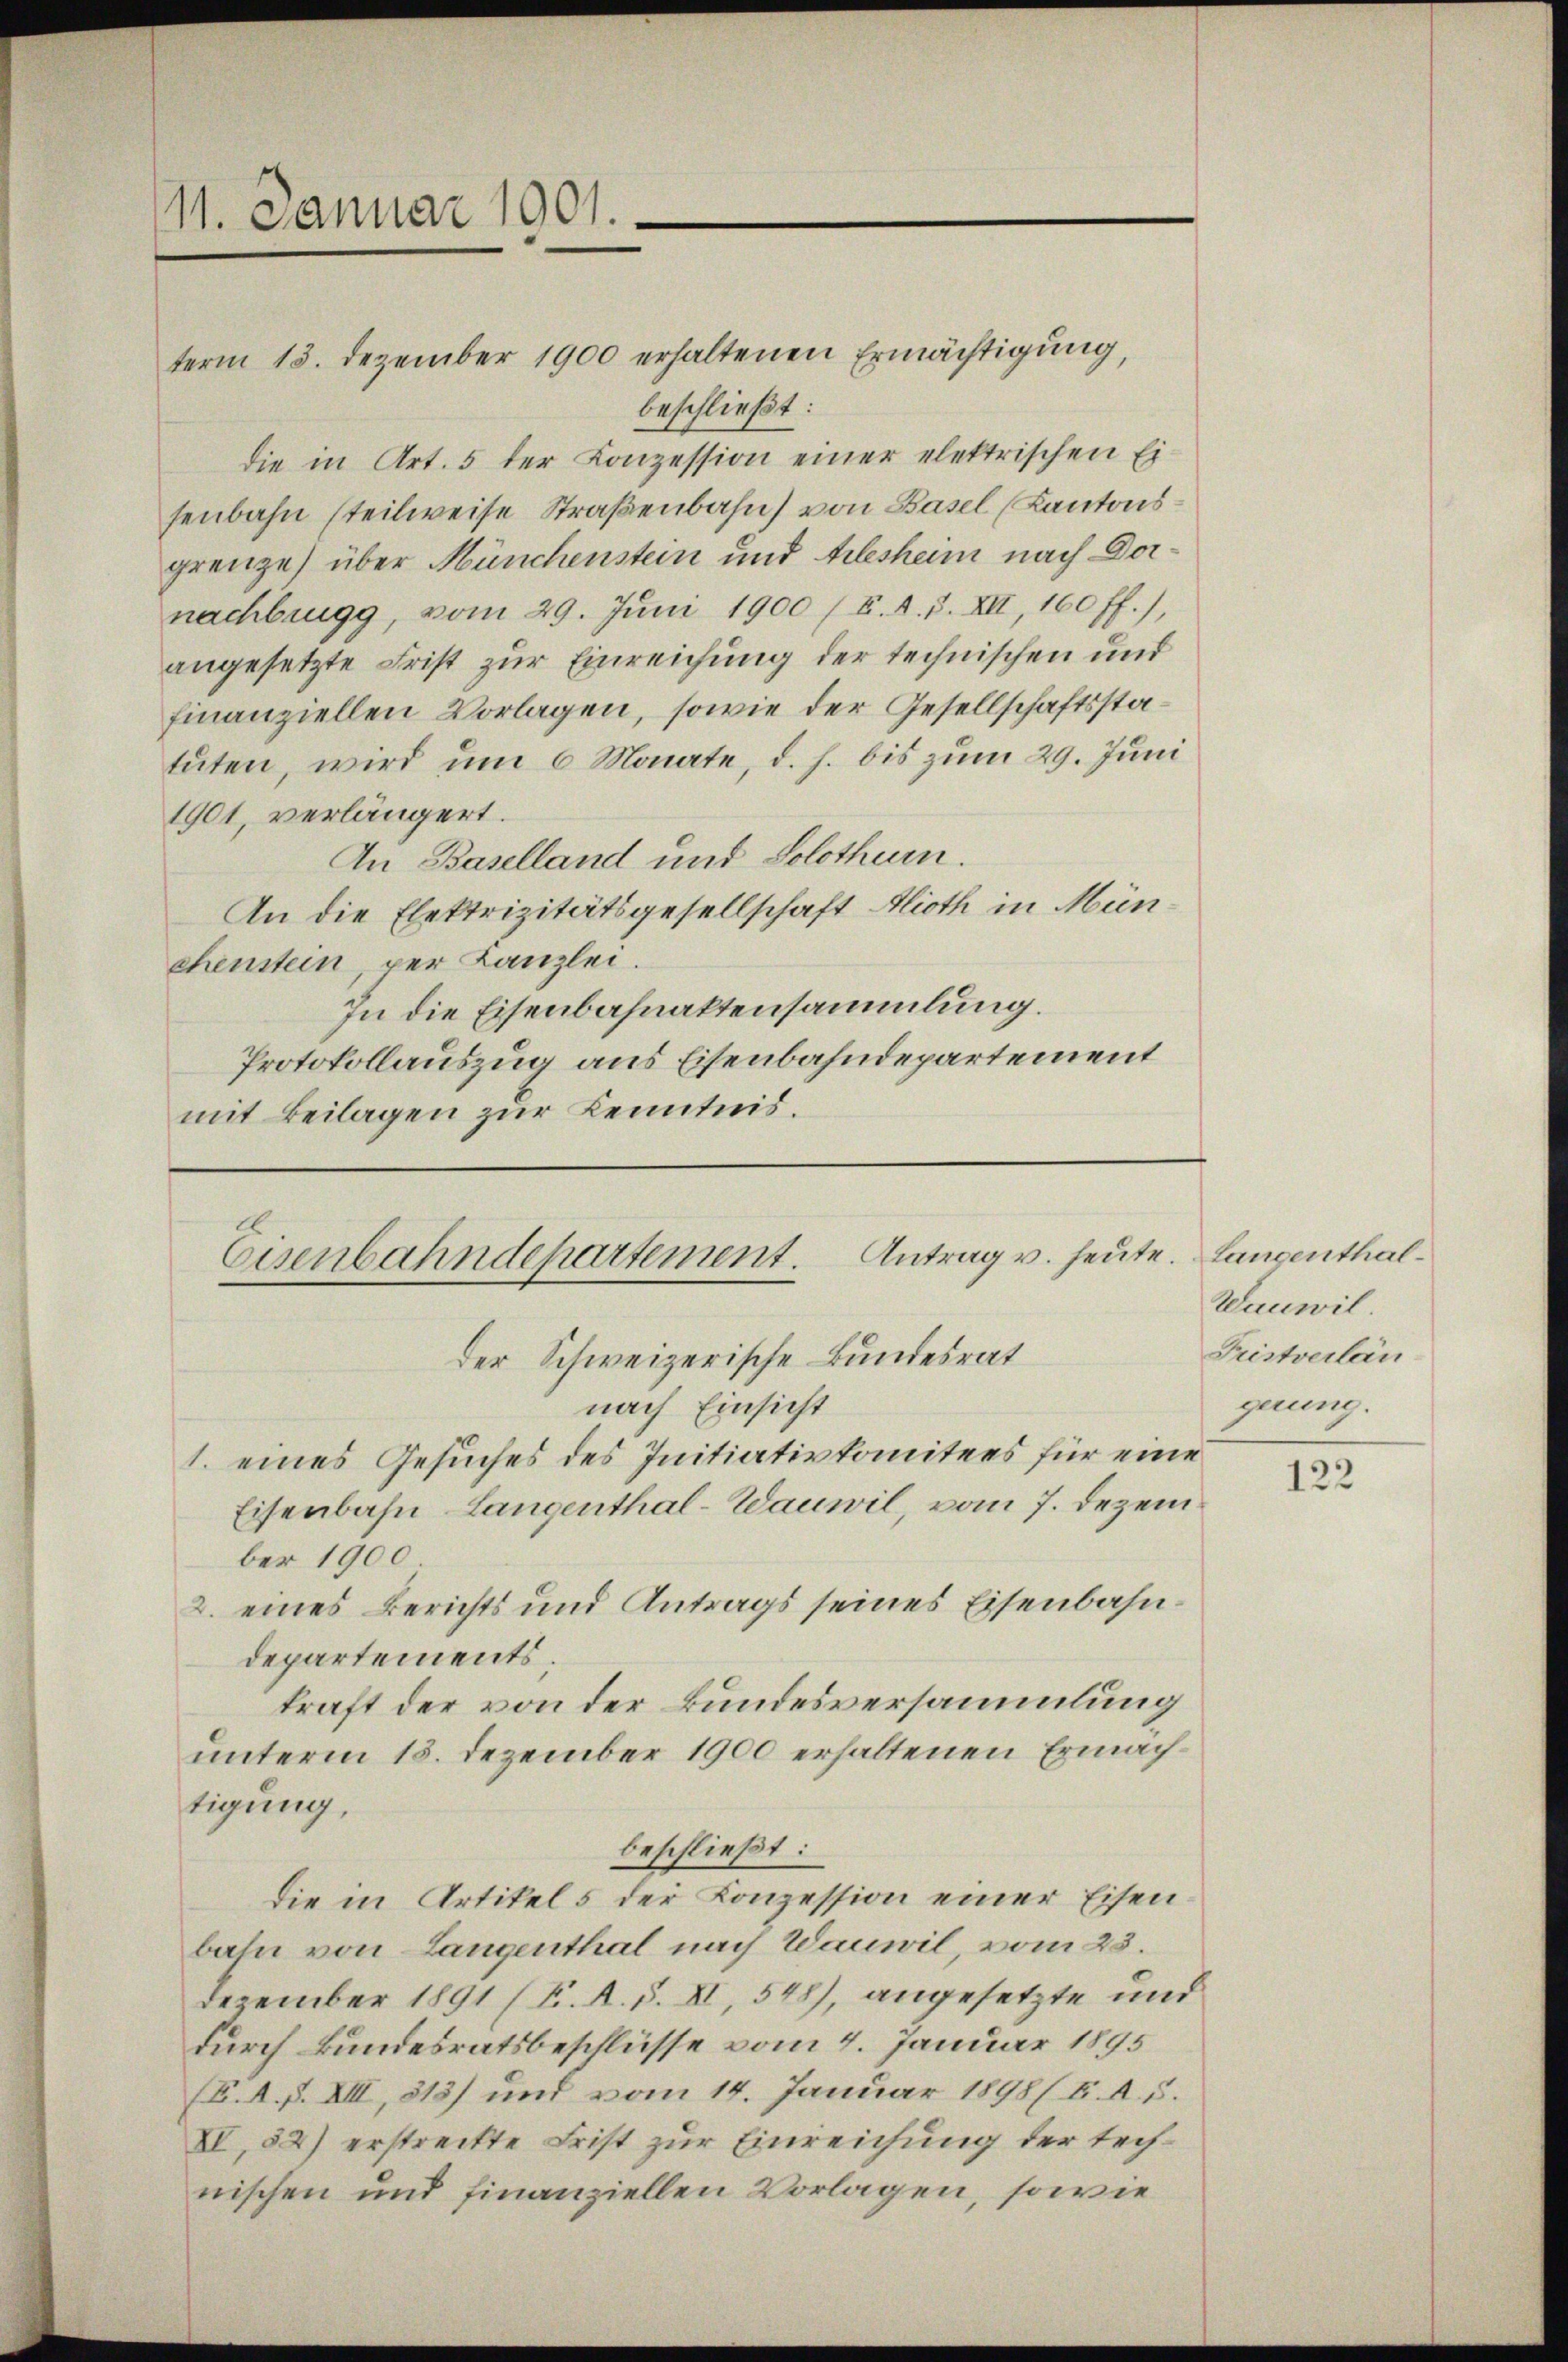
11. Januar 1901.

term 13. Dezember 1900 erhaltenen Ermächtigung,
beschließt:
die in Art. 5 der Konzession einer elektrischen Ei-
senbahn steilweise Straßenbahn von Basel (Kantonsgrenze) über Münchenstein und Arlesheim nach Dornachbrugg, vom 29. Juni 1900 / B. d. 7. XII, 160 ff.),
angesetzte Frist zur Einreichung der technischen und
finanziellen Vorlagen, sowie der Gesellschaftsstatuten, wird um 6 Monate, d. h. bis zum 29. Juni
1901, verlängert.
An Baselland und Solothur.
An die Elektrizitätsgesellschaft Alioth in Münchenstein, per Kanzlei.
In die Eisenbahnaktensammlung.
Protokollauszug aus Eisenbahndepartement
mit Beilagen zur Kenntnis.

Antrag v. heute. Langenthal¬
Eisenbahndepartement.

der Schweizerische Bundesrat
nach Einsicht
1. eines Gesuches des Initiativkomitees für eine
Eisenbahn Langenthal-Wauwil, vom 7. Dezem
ber 1900
2. eines Berichts und Antrags seines Eisenbahndepartements.
kraft der von der Bundesversammlung
unterm 13. Dezember 1900 erhaltenen Ermächtigung,
beschließt:
die in Artikel 5 der Konzession einer Eisenbaln von Langenthal nach Wauwil, vom 23.
Dezember 1891 (K. A. S. XI, 548), angesetzte und
durch Bundesratsbeschlüsse vom 4. Januar 1895
(B. A. p. XIII, 812) und vom 14. Januar 1898/ B. d. 5.
XI, 52) erstreckte Frist zur Einreichung der technischen und finanziellen Vorlagen, sowie

Wauwil
Fristverlän-
gerung.

122